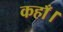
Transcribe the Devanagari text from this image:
कहाँ।